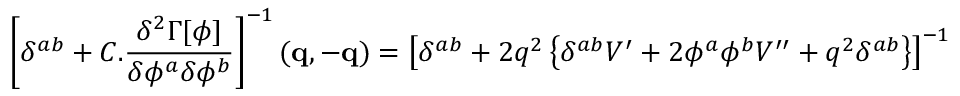
\left[ \delta ^ { a b } + C . \frac { \delta ^ { 2 } \Gamma [ \phi ] } { \delta \phi ^ { a } \delta \phi ^ { b } } \right] ^ { - 1 } ( \mathbf { q } , \mathbf { - q } ) = \left[ \delta ^ { a b } + 2 q ^ { 2 } \left\{ \delta ^ { a b } V ^ { \prime } + 2 \phi ^ { a } \phi ^ { b } V ^ { \prime \prime } + q ^ { 2 } \delta ^ { a b } \right\} \right] ^ { - 1 }